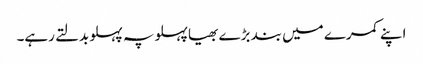
اپنے کمرے میں بند بڑے بھیا پہلو پہ پہلو بدلتے رہے۔